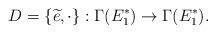
LaTeX: \begin{align*}D= \{\widetilde{e},\cdot\}:\Gamma(E_1^*)\to \Gamma(E_1^*).\end{align*}